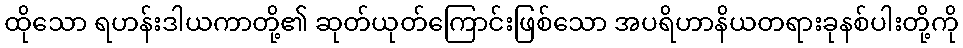
ထိုသော ရဟန်းဒါယကာတို့၏ ဆုတ်ယုတ်ကြောင်းဖြစ်သော အပရိဟာနိယတရားခုနစ်ပါးတို့ကို